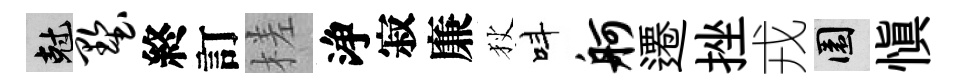
剋墅終訂槎浄寂廉狄呌舸遷挫戎園慎